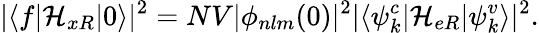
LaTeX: |\langle f\vert\mathcal{H}_{xR}\vert 0\rangle|^{2}=NV|\phi_{nlm}(0)|^{2}|\langle\psi_{k}^{c}\vert\mathcal{H}_{eR}\vert\psi_{k}^{v}\rangle|^{2}.